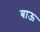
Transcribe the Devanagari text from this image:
बाऊ